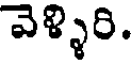
వెళ్ళిరి.